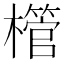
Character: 𪴌